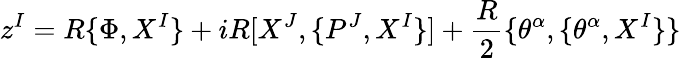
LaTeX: z^{I}=R\{ \Phi,X^{I}\} +iR[X^{J},\{ P^{J},X^{I}\} ]+\frac{R}{2}\{ \theta^{\alpha},\{ \theta^{\alpha},X^{I}\} \}